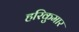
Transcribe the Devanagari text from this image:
हरिकुमार